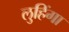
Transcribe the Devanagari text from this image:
लुहिंगा